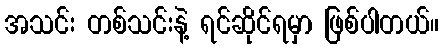
အသင်း တစ်သင်းနဲ့ ရင်ဆိုင်ရမှာ ဖြစ်ပါတယ်။